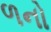
ળનો